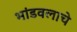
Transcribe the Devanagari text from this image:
भांडवलाचे